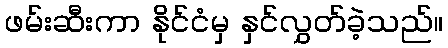
ဖမ်းဆီးကာ နိုင်ငံမှ နှင်လွှတ်ခဲ့သည်။